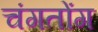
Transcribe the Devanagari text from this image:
चंगतोंग